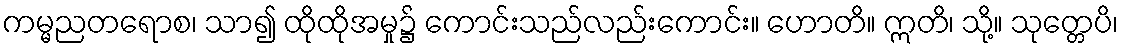
ကမ္မညတရောစ၊ သာ၍ ထိုထိုအမှု၌ ကောင်းသည်လည်းကောင်း။ ဟောတိ။ ဣတိ၊ သို့။ သုတ္တေပိ၊